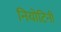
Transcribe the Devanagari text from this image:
नियोटिनी